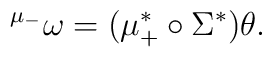
{}^{\mu_-} \omega = (\mu_+^* \circ \Sigma^*) \theta.